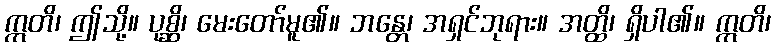
ဣတိ၊ ဤသို့။ ပုစ္ဆိ၊ မေးတော်မူ၏။ ဘန္တေ၊ အရှင်ဘုရား။ အတ္ထိ၊ ရှိပါ၏။ ဣတိ၊